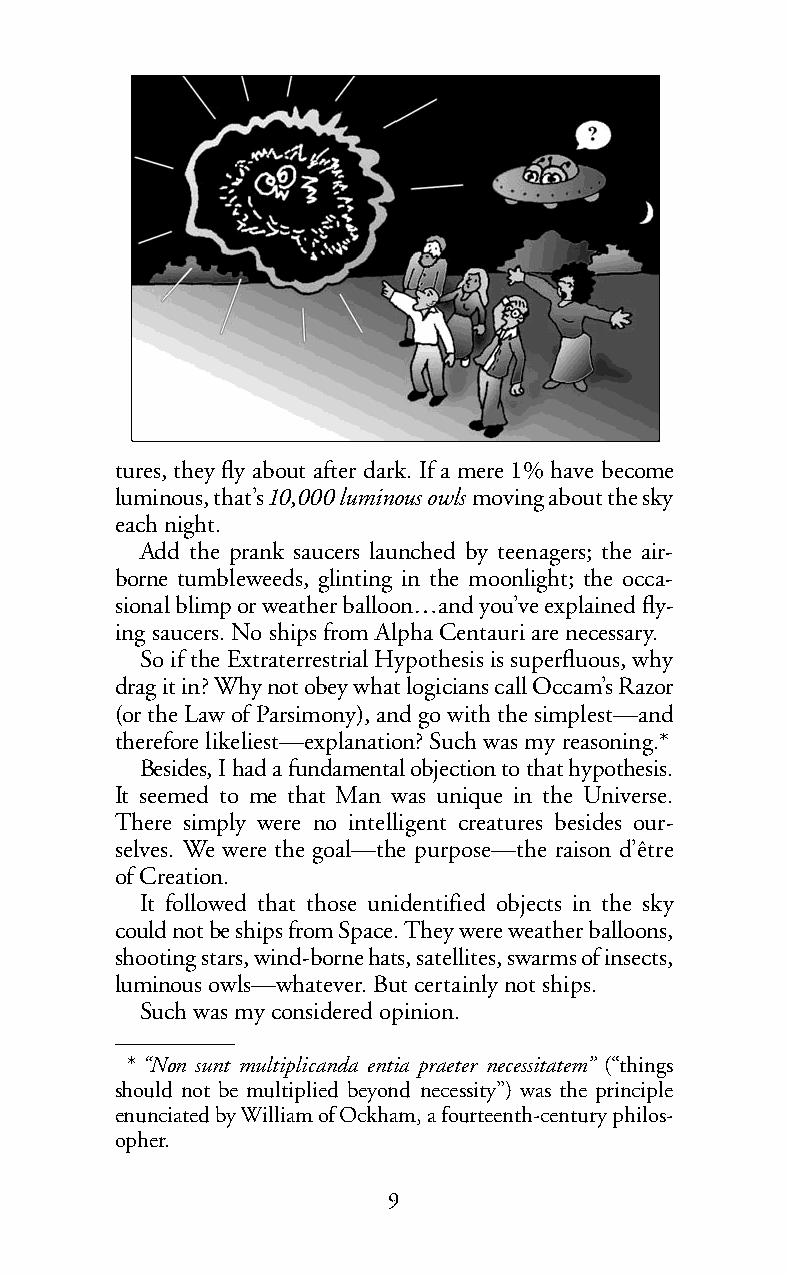
tures, they fly about after dark. If a mere 1% have become
 luminous, that’s10,000 luminous owls moving about the sky
 each night.
 Add the prank saucers launched by teenagers; the air-
 borne tumbleweeds, glinting in the moonlight; the occa-
 sional blimp or weather balloon…and you’ve explained fly-
 ing saucers. No ships from Alpha Centauri are necessary.
 So if the Extraterrestrial Hypothesis is superfluous, why
 drag it in? Why notobey what logicians call Occam’s Razor
 (or the Law of Parsimony), and go with the simplest—and
 therefore likeliest—explanation? Such was my reasoning.*
 Besides, I had a fundamental objection to that hypothesis.
 It seemed to me that Man was unique in the Universe.
 There simply were no intelligent creatures besides our-
 selves. We were the goal—the purpose—the raison d’être
 of Creation.
 It followed that those unidentified objects in the sky
 could notbe ships from Space. They were weather balloons,
 shooting stars, wind-bornehats, satellites, swarms of insects,
 luminous owls—whatever. But certainly not ships.
 Such was my considered opinion.
 *“Non sunt multiplicanda entia praeter necessitatem” (“things
 should not be multiplied beyond necessity”) was the principle
 enunciated by William of Ockham, a fourteenth-century philos-
 opher.
 